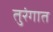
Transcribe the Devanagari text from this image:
तुरंगात